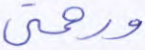
ورحمتي